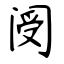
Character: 阌